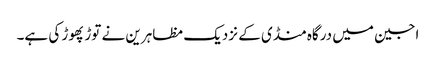
اجین میں درگاہ منڈی کے نزدیک مظاہرین نے توڑ پھوڑ کی ہے۔